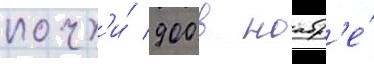
почт'и́ 900 в ноабр'е́